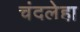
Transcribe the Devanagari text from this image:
चंदलेहा